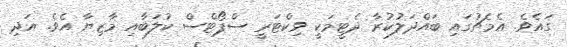
ގައެވެ. އެމެޗުގައި ބައްދަލުކުރާ ދެޓީމަކީ ވިކްޓަރީ ސްޕޯޓްސް ކުލަބާއި މާޒިޔާ އެވެ. އަދި